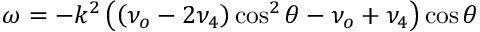
\omega = - k ^ { 2 } \left( \left( \nu _ { o } - 2 \nu _ { 4 } \right) \cos ^ { 2 } \theta - \nu _ { o } + \nu _ { 4 } \right) \cos \theta